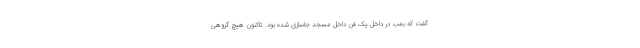
گفت که بمب در داخل یک فن داخل مسجد جاسازی شده بود. تاکنون هیچ گروهی